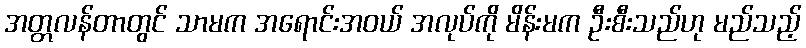
အတ္တလန်တာတွင် သာမက အရောင်းအဝယ် အလုပ်ကို မိန်းမက ဦးစီးသည်ဟု မည်သည့်